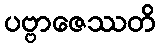
ပဗ္ဗာဇေဿတိ